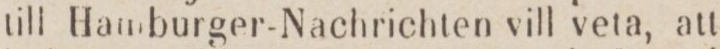
till Hamburger-Nachrichten vill veta, att